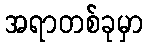
အရာတစ်ခုမှာ